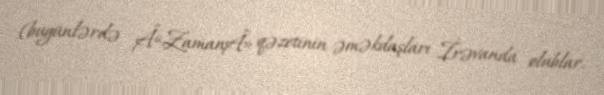
(bugünlərdə Â«ZamanÂ» qəzetinin əməkdaşları İrəvanda olublar.